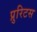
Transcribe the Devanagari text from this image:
प्रुरिटस